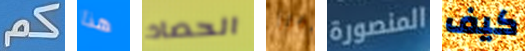
كم هذا الحصاد أبرز المنصورة كيف